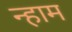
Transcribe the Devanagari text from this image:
न्हाम